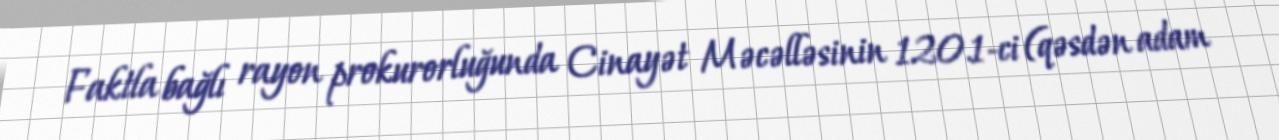
Faktla bağlı rayon prokurorluğunda Cinayət Məcəlləsinin 120.1-ci (qəsdən adam